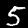
Label: 5